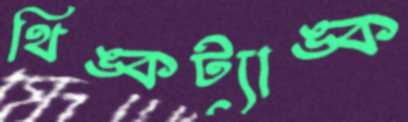
থিঙ্কট্যাঙ্ক